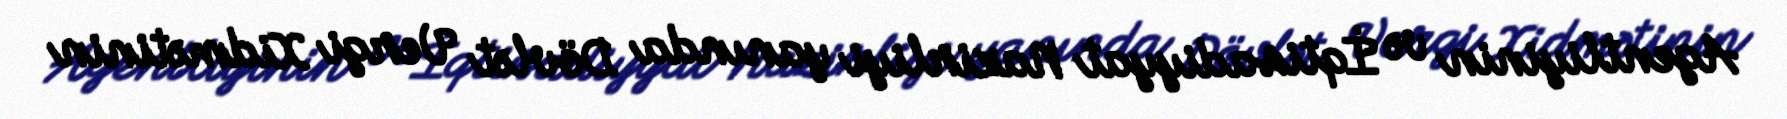
Agentliyinin və İqtisadiyyat Nazirliyi yanında Dövlət Vergi Xidmətinin